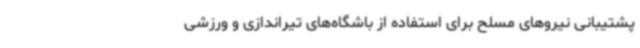
پشتیبانی نیروهای مسلح برای استفاده از باشگاه‌های تیراندازی و ورزشی